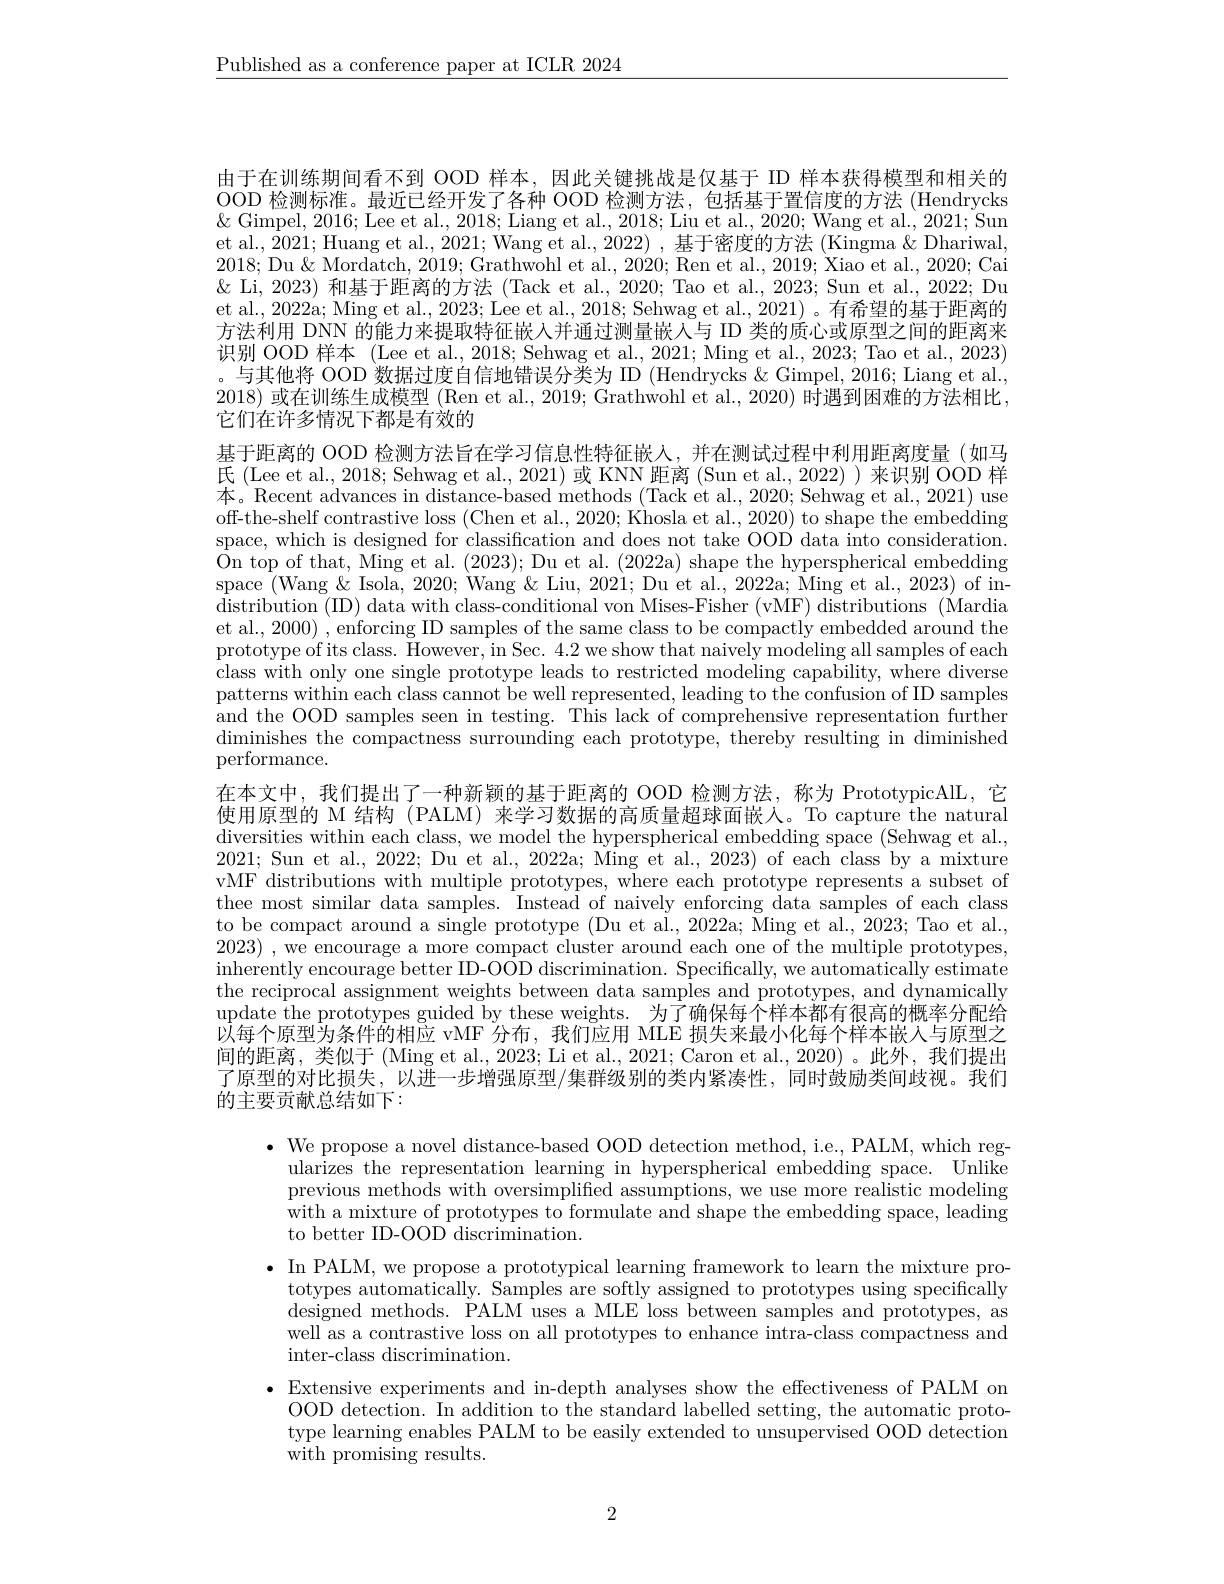
$\underline{\text{Published as a conference paper at ICLR 2024}}$

由于在训练期间看不到 OOD 样本，因此关键挑战是仅基于 ID 样本获得模型和相关的OOD 检测标准。最近已经开发了各种 OOD 检测方法，包括基于置信度的方法 (Hendrycks $\&$ Gimpel, 2016; Lee et al., 2018; Liang et al., 2018; Liu et al., 2020; Wang et al., 2021; Sun et al., 2021; Huang et al., 2021; Wang et al., 2022) , 基于密度的方法 (Kingma & Dhariwal, 2018; Du &Mordatch, 2019; Grathwohl et al., 2020; Ren et al., 2019; Xiao et al., 2020; Cai & Li, 2023) 和基于距离的方法 (Tack et al., 2020; Tao et al., 2023; Sun et al., 2022; Du et al., 2022a; Ming et al., 2023; Lee et al., 2018; Sehwag et al., 2021)。有希望的基于距离的方法利用 DNN 的能力来提取特征嵌入并通过测量嵌人与 ID 类的质心或原型之间的距离来识别 OOD 样本 (Lee et al., 2018; Sehwag et al., 2021; Ming et al., 2023; Tao et al., 2023) 。与其他将 OOD 数据过度自信地错误分类为 ID (Hendrycks &Gimpel, 2016; Liang et al., 2018) 或在训练生成模型 (Ren et al., 2019; Grathwohl et al., 2020) 时遇到困难的方法相比， 它们在许多情况下都是有效的

基于距离的 OOD 检测方法旨在学习信息性特征嵌人，并在测试过程中利用距离度量(如马氏 (Lee et al., 2018; Sehwag et al., 2021) 或 KNN 距离 (Sun et al., 2022)) 来识别 OOD 样本。Recent advances in distance-based methods (Tack et al., 2020; Sehwag et al., 2021) use off-the-shelf contrastive loss (Chen et al., 2020; Khosla et al., 2020) to shape the embedding space, which is designed for classification and does not take OOD data into consideration. $\begin{array}{cc}{\text{On top of that, Ming et al. (2023); Du et al.(2022a) shape the hyperspherical embedding}}\end{array}$ space (Wang &Isola, 2020; Wang &Liu, 2021; Du et al., 2022a; Ming et al., 2023) of indistribution ( ID) data with class- conditional von Mises- Fisher ( vMF) distributions ( Mardia et al., 2000) , enforcing ID samples of the same class to be compactly embedded around the prototype of its class. However, in Sec. 4.2 we show that naively modeling all samples of each class with only one single prototype leads to restricted modeling capability, where diverse patterns within each class cannot be well represented, leading to the confusion of ID samples and the OOD samples seen in testing. This lack of comprehensive representation further diminishes the compactness surrounding each prototype, thereby resulting in diminished performance.
在本文中，我们提出了一种新颖的基于距离的 OOD 检测方法，称为 PrototypicAlL,它使用原型的 M 结构 (PALM) 来学习数据的高质量超球面嵌人。To capture the natural diversities within each class, we model the hyperspherical embedding space (Sehwag et al., 2021; Sun et al., 2022; Du et al., 2022a; Ming et al., 2023) of each class by a mixture vMF distributions with multiple prototypes, where each prototype represents a subset of thee most similar data samples. Instead of naively enforcing data samples of each class to be compact around a single prototype (Du et al., 2022a; Ming et al., 2023; Tao et al., 2023) , we encourage a more compact cluster around each one of the multiple prototypes, $\begin{array}{c}\text{inherently encourage better ID-OOD discrimination. Specifically, we automatically estimate}\\\end{array}$ the reciprocal assignment weights between data samples and prototypes, and dynamically update the prototypes guided by these weights. 为了确保每个样本都有很高的概率分配给以每个原型为条件的相应 vMF 分布，我们应用 MLE 损失来最小化每个样本嵌入与原型之间的距离，类似于(Ming et al., 2023; Li et al., 2021; Caron et al., 2020) 。此外，我们提出了原型的对比损失，以进一步增强原型/集群级别的类内紧凑性，同时鼓励类间歧视。我们的主要贡献总结如下：

$\bullet$ We propose a novel distance-based OOD detection method, i.e., PALM, which reg-
ularizes the representation learning in hyperspherical embedding space. Unlike previous methods with oversimplified assumptions, we use more realistic modeling with a mixture of prototypes to formulate and shape the embedding space, leading to better ID-OOD discrimination.
$\bullet$ In PALM, we propose a prototypical learning framework to learn the mixture pro-
totypes automatically. Samples are softly assigned to prototypes using specifically designed methods. PALM uses a MLE loss between samples and prototypes, as well as a contrastive loss on all prototypes to enhance intra-class compactness and ${\mathrm{inter-class~discrimination.}}$
$\bullet$ Extensive experiments and in-depth analyses show the effectiveness of PALM on
OOD detection. In addition to the standard labelled setting, the automatic prototype learning enables PALM to be easily extended to unsupervised OOD detection with promising results.

2